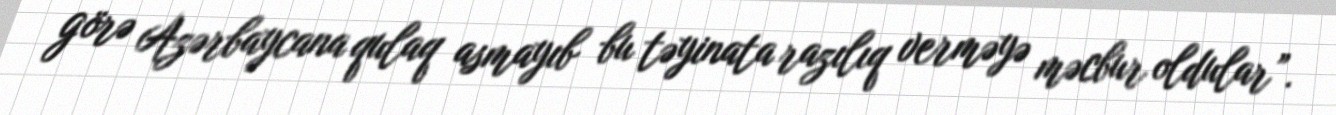
görə Azərbaycana qulaq asmayıb bu təyinata razılıq verməyə məcbur oldular”.